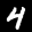
Label: 4